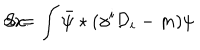
S = \int \bar { \psi } \star ( \gamma ^ { i } { \cal { D } } _ { i } - m ) \psi \hspace { 2 m m } \textrm { d } x .